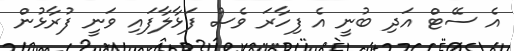
އެ ސޭޓް އަދި ބުނީ އެ ފިހާރަ ވެސް ފަޅާލާފައި ވަނީ ފުރާޅުން